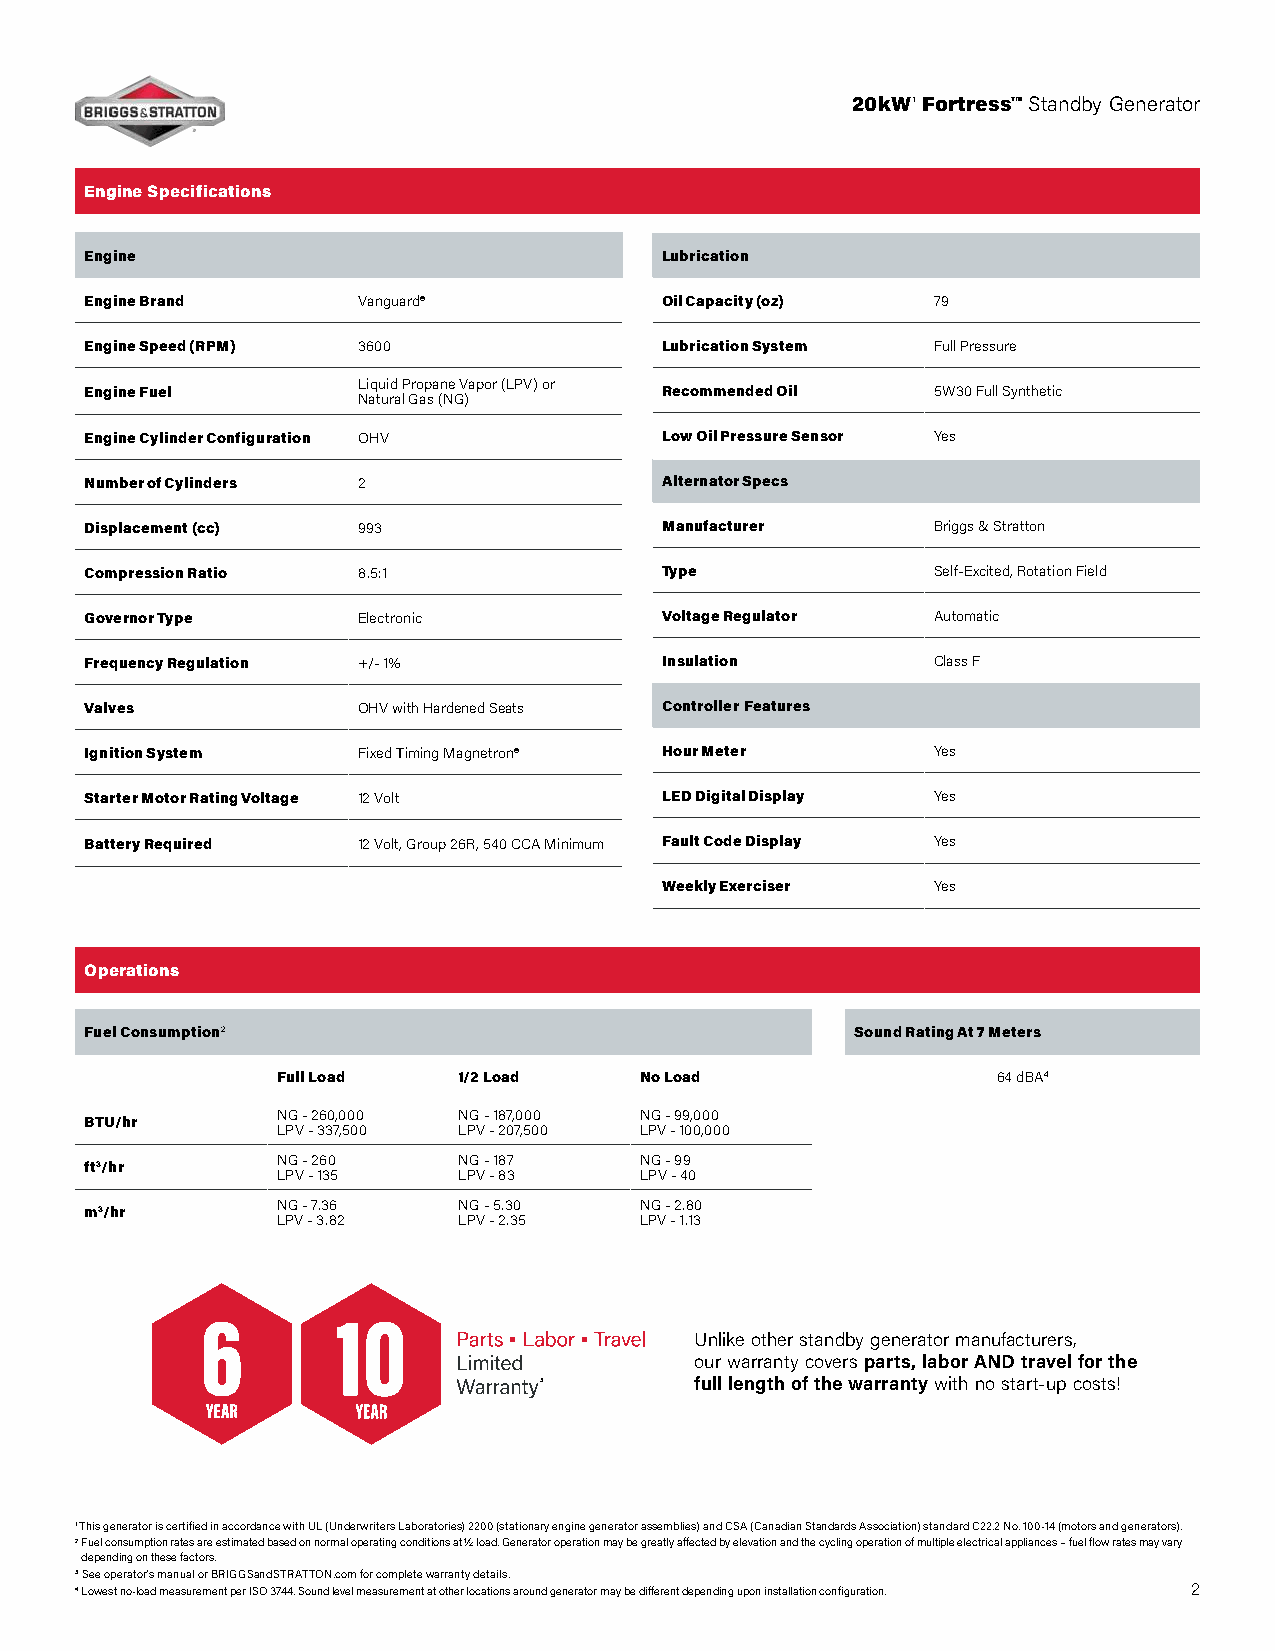
20kW¹ Fortress™ Standby Generator
 Engine Specifications
 Engine                                Lubrication
 Engine Brand      Vanguard®           Oil Capacity (oz) 79
 Engine Speed (RPM) 3600               Lubrication System Full Pressure
 Engine Fuel       Liquid Propane Vapor (LPV) or Recommended Oil 5W30 Full Synthetic
 Natural Gas (NG)
 Engine Cylinder Configuration OHV     Low Oil Pressure Sensor Yes
 Number of Cylinders 2                 Alternator Specs
 Displacement (cc) 993                 Manufacturer      Briggs & Stratton
 Compression Ratio 8.5:1               Type              Self-Excited, Rotation Field
 Governor Type     Electronic          Voltage Regulator Automatic
 Frequency Regulation +/- 1%           Insulation        Class F
 Valves            OHV with Hardened Seats Controller Features
 Ignition System   Fixed Timing Magnetron® Hour Meter    Yes
 Starter Motor Rating Voltage 12 Volt  LED Digital Display Yes
 Battery Required  12 Volt, Group 26R, 540 CCA Minimum Fault Code Display Yes
 Weekly Exerciser  Yes
 Operations
 Fuel Consumption2                                  Sound Rating At 7 Meters
 Full Load   1/2 Load    No Load                 64 dBA4
 NG - 260,000 NG - 187,000 NG - 99,000
 BTU/hr
 LPV - 337,500 LPV - 207,500 LPV - 100,000
 NG - 260    NG - 187    NG - 99
 ft3/hr
 LPV - 135   LPV - 83    LPV - 40
 NG - 7.36   NG - 5.30   NG - 2.80
 m3/hr
 LPV - 3.82  LPV - 2.35  LPV - 1.13
 Unlike other standby generator manufacturers,
 our warranty covers parts, labor AND travel for the
 3         full length of the warranty with no start-up costs!
 1 This generator is certified in accordance with UL (Underwriters Laboratories) 2200 (stationary engine generator assemblies) and CSA (Canadian Standards Association) standard C22.2 No. 100-14 (motors and generators).
 2 Fuel consumption rates are estimated based on normal operating conditions at ½ load. Generator operation may be greatly affected by elevation and the cycling operation of multiple electrical appliances – fuel flow rates may vary
 depending on these factors.
 3 See operator’s manual or BRIGGSandSTRATTON.com for complete warranty details.
 4 Lowest no-load measurement per ISO 3744. Sound level measurement at other locations around generator may be different depending upon installation configuration. 2